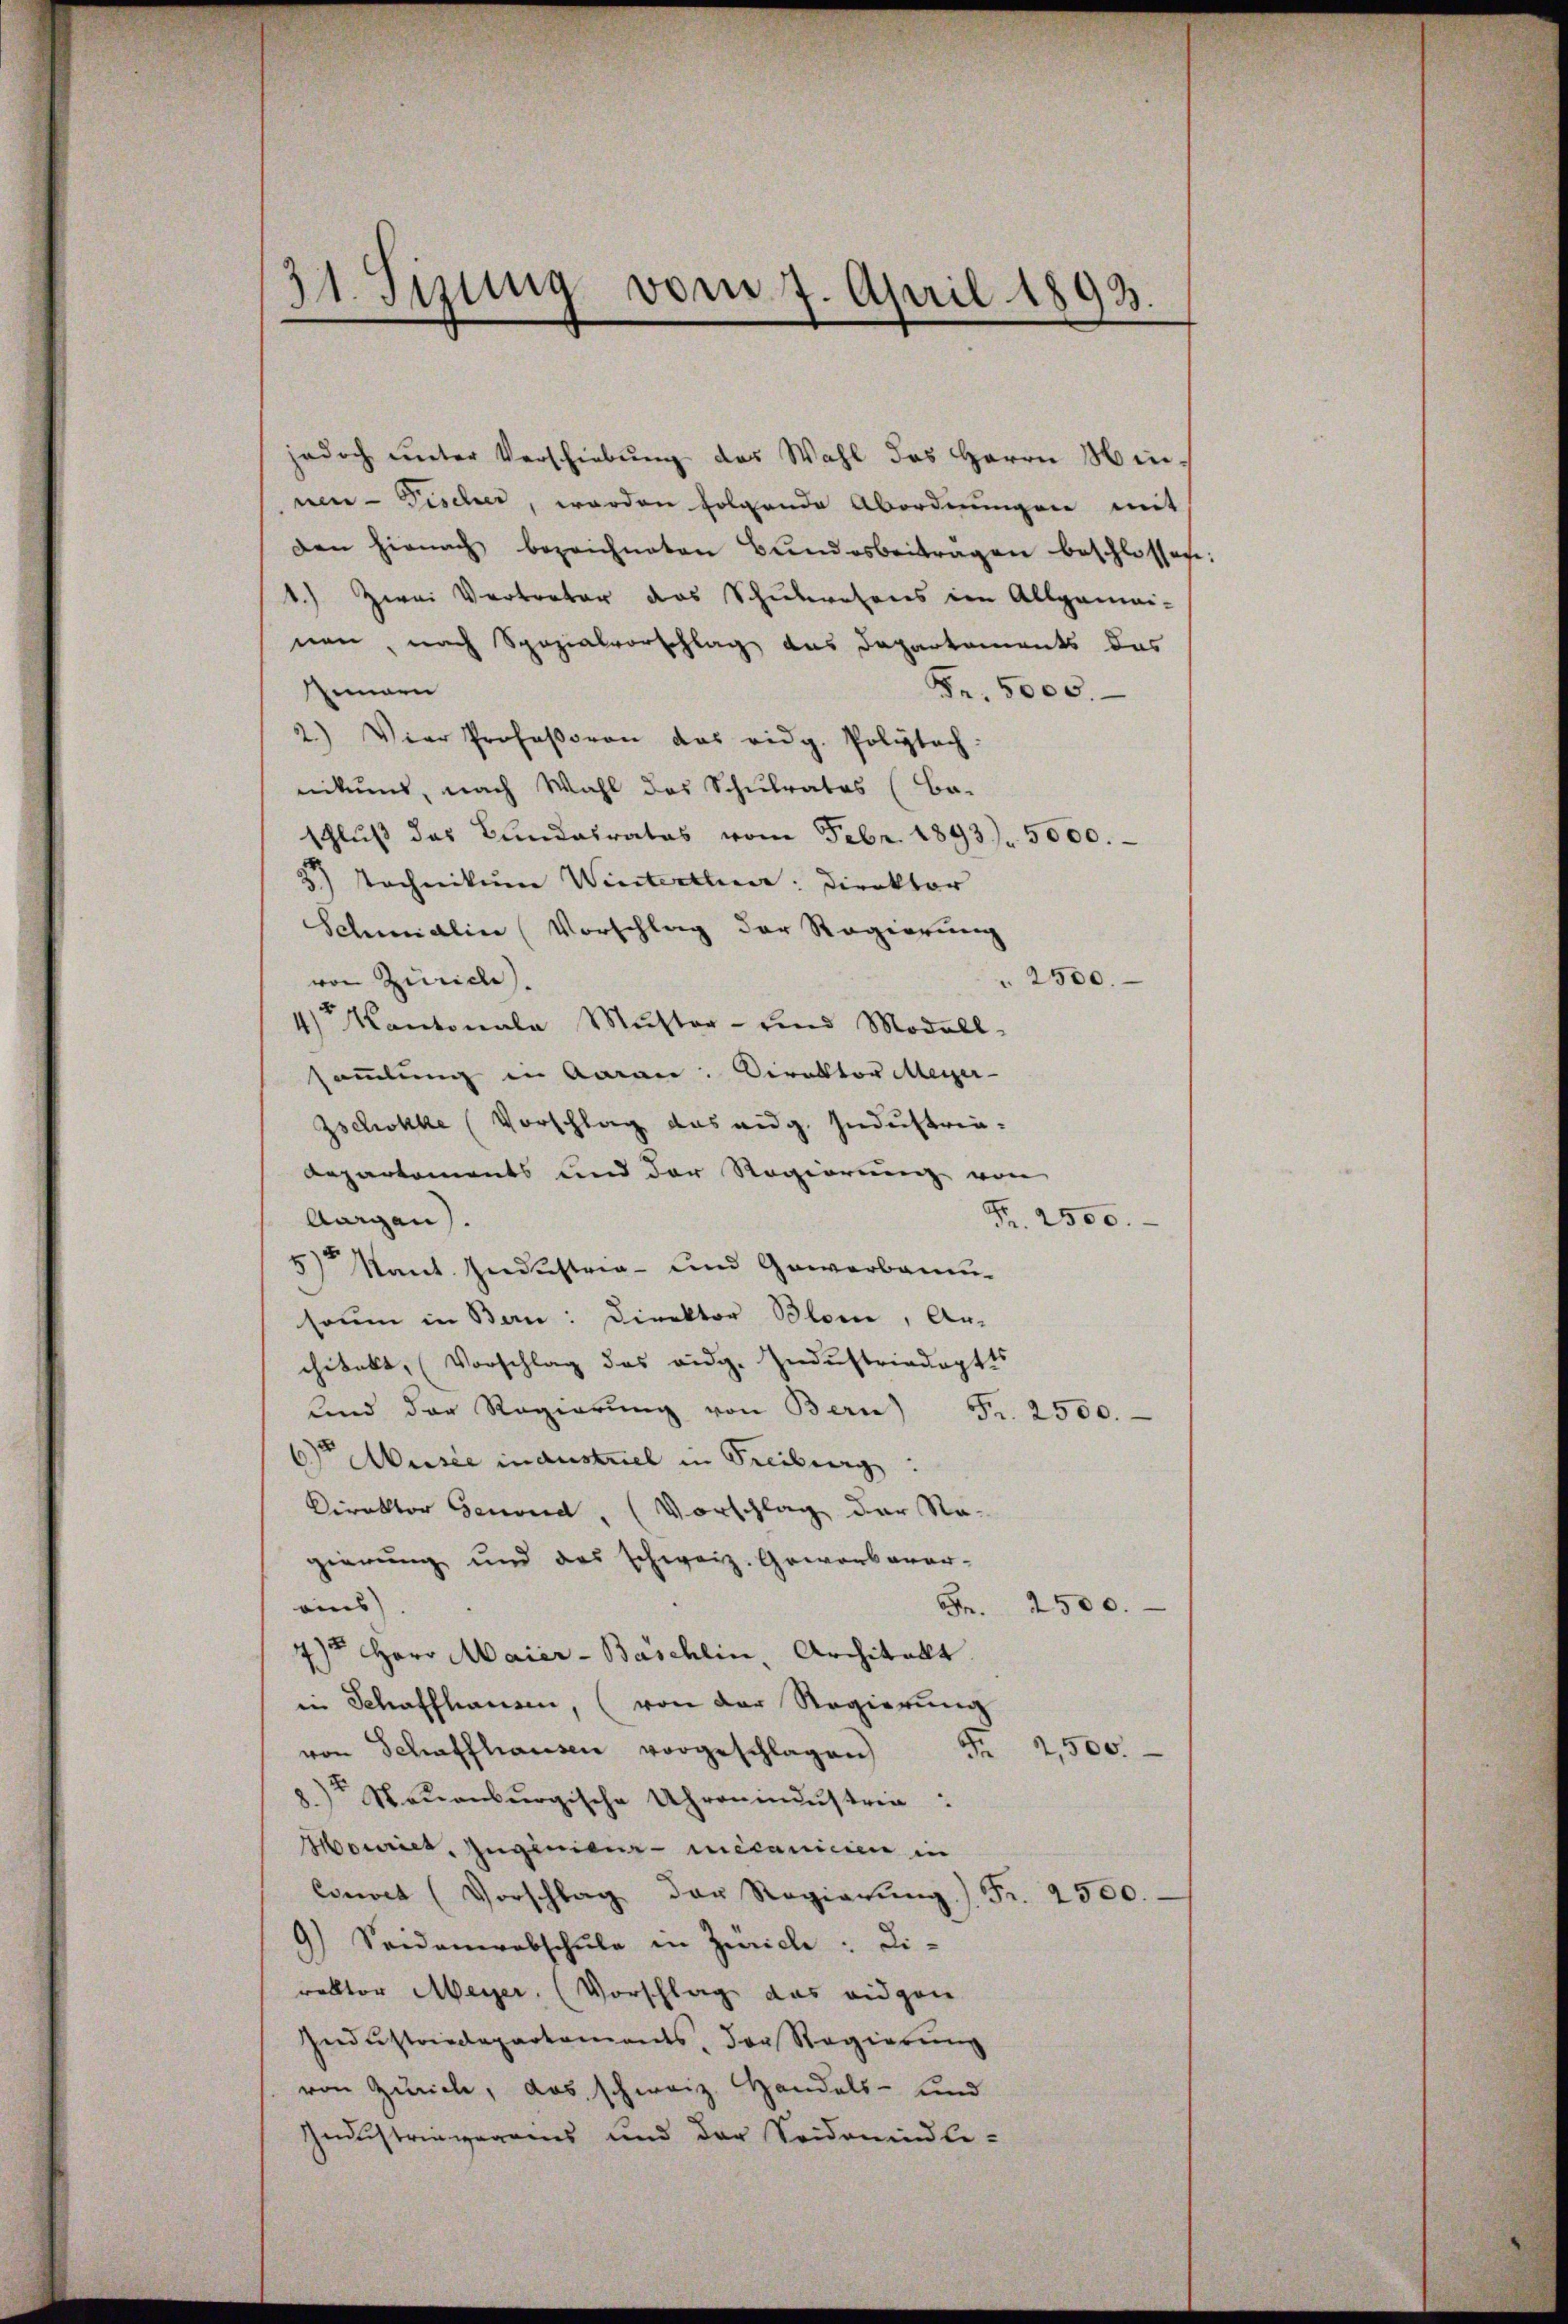
31. Sizung vom 7. April 1893.

jedoch unter Verschiebŭng des Wahl des Herrn Hin-
nen- Fischer, worden folgende Abordnungen mit
den hienach bezeichneten Bundesbeitragen beschlossen
.) Zwei Vertreter das Schulwesens im Allgemei-
nen, nach Spezialvorschlag das Departements das
Innern
Fr. 5000.
2.) Vier Profeßoren das eidg. Polytech
nikums, nach Wahl des Schulrates (Be-
schlŭβ das Bundesrates vom Febr. 1893. 5000.
5.) Technikum Winterthur: Direktor
Schmidlin (Vorschlag der Regierung
 2500.
von Zürich)
1) Kantonala Muster- und Modell-
sammlung in Aaran. Direktor Meyer-
Zschokke (Vorschlag das eidg. Industria-
Repartements und der Regierung von
Fr. 2500.
Aargau.
5) Kant. Industria- und Gewerban-
saun in Bern: Direktor Blom, Ar-
chitekt (Vorschlag des eidg. Indŭstriadoptis
ŭnd der Regierŭng von Bern) Fr. 2500.
6) Ausse in austriel in Freiburg
Direktor Genoud, (Vorschlag der Na-
gierung und das schweiz. Geworbener-
Fr.
eins
2500.
7) Herr Maier-Bäschlin, Architalt
in Schaffhausen, (von der Regierung
.
2,500.
von Schaffhausen vorgeschlagen
) Neuenburgische Uhronindustria:
Houriet, Ingenieur-necanicien in
Couvet (Vorschlag der Regierŭng.) Fr. 2500.
9) Seidenerabschŭle in Zürich: Direktor Meyer. (Vorschlag das eidgen
Industriedepartaments, der Regierŭng
von Zürich, das schweiz. Handels- und
Industringegens und der Seidemündli-